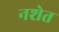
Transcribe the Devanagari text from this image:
नशेत